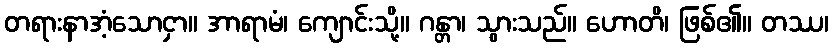
တရားနာအံ့သောငှာ။ အာရာမံ၊ ကျောင်းသို့။ ဂန္တာ၊ သွားသည်။ ဟောတိ၊ ဖြစ်၏။ တဿ၊